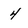
Character: 4